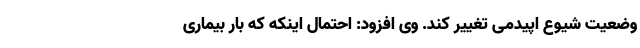
وضعیت شیوع اپیدمی تغییر کند. وی افزود: احتمال اینکه که بار بیماری